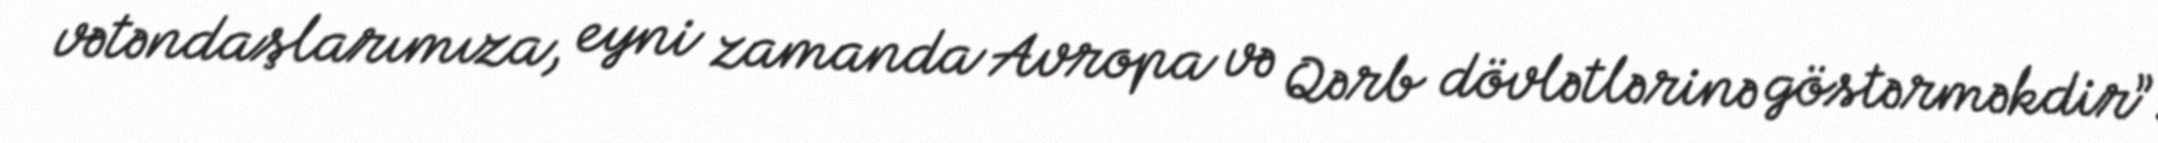
vətəndaşlarımıza, eyni zamanda Avropa və Qərb dövlətlərinə göstərməkdir”.